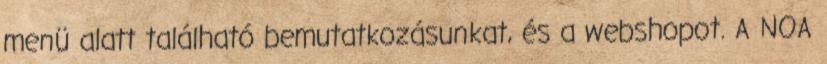
menü alatt található bemutatkozásunkat, és a webshopot. A NOA